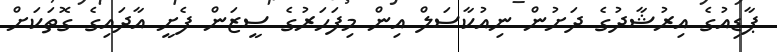
ޕާޑިއުގެ އިރުޝާދުގެ ދަށުން ނިއުކާސަލް އިން މިފަހަރުގެ ސީޒަން ފެށީ އާދައިގެ ގޮތަކަށް